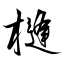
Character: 槰